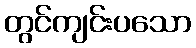
တွင်ကျင်းပသော